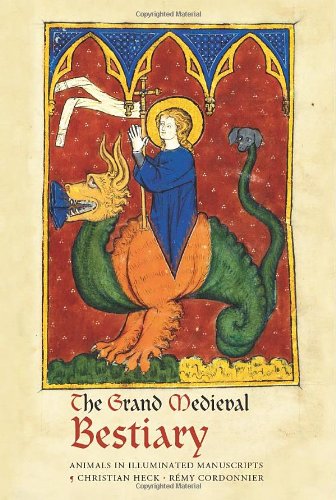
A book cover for The Grand Medieval Bestiary: Animals in Illuminated Manuscripts; Christian Heck; Arts & Photography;